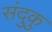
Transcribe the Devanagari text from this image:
संदुकु